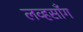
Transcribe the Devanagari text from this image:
लव्हसाँग